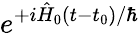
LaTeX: e^{+i\hat{H}_{0}(t-t_{0})/\hbar}